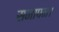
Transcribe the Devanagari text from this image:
समापन।